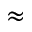
\approx